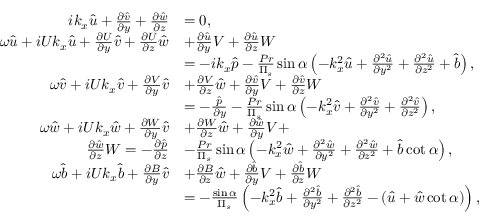
\begin{array} { r l } { i k _ { x } \hat { u } + \frac { \partial \hat { v } } { \partial y } + \frac { \partial \hat { w } } { \partial z } } & { = 0 , } \\ { \omega \hat { u } + i U k _ { x } \hat { u } + \frac { \partial U } { \partial y } \hat { v } + \frac { \partial U } { \partial z } \hat { w } } & { + \frac { \partial \hat { u } } { \partial y } V + \frac { \partial \hat { u } } { \partial z } W } \\ & { = - i k _ { x } \hat { p } - \frac { P r } { \Pi _ { s } } \sin \alpha \left( - k _ { x } ^ { 2 } \hat { u } + \frac { \partial ^ { 2 } \hat { u } } { \partial y ^ { 2 } } + \frac { \partial ^ { 2 } \hat { u } } { \partial z ^ { 2 } } + \hat { b } \right) , } \\ { \omega \hat { v } + i U k _ { x } \hat { v } + \frac { \partial V } { \partial y } \hat { v } } & { + \frac { \partial V } { \partial z } \hat { w } + \frac { \partial \hat { v } } { \partial y } V + \frac { \partial \hat { v } } { \partial z } W } \\ & { = - \frac { \hat { p } } { \partial y } - \frac { P r } { \Pi _ { s } } \sin \alpha \left( - k _ { x } ^ { 2 } \hat { v } + \frac { \partial ^ { 2 } \hat { v } } { \partial y ^ { 2 } } + \frac { \partial ^ { 2 } \hat { v } } { \partial z ^ { 2 } } \right) , } \\ { \omega \hat { w } + i U k _ { x } \hat { w } + \frac { \partial W } { \partial y } \hat { v } } & { + \frac { \partial W } { \partial z } \hat { w } + \frac { \partial \hat { w } } { \partial y } V + } \\ { \frac { \partial \hat { w } } { \partial z } W = - \frac { \partial \hat { p } } { \partial z } } & { - \frac { P r } { \Pi _ { s } } \sin \alpha \left( - k _ { x } ^ { 2 } \hat { w } + \frac { \partial ^ { 2 } \hat { w } } { \partial y ^ { 2 } } + \frac { \partial ^ { 2 } \hat { w } } { \partial z ^ { 2 } } + \hat { b } \cot \alpha \right) , } \\ { \omega \hat { b } + i U k _ { x } \hat { b } + \frac { \partial B } { \partial y } \hat { v } } & { + \frac { \partial B } { \partial z } \hat { w } + \frac { \partial \hat { b } } { \partial y } V + \frac { \partial \hat { b } } { \partial z } W } \\ & { = - \frac { \sin \alpha } { \Pi _ { s } } \left( - k _ { x } ^ { 2 } \hat { b } + \frac { \partial ^ { 2 } \hat { b } } { \partial y ^ { 2 } } + \frac { \partial ^ { 2 } \hat { b } } { \partial z ^ { 2 } } - ( \hat { u } + \hat { w } \cot \alpha ) \right) , } \end{array}